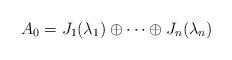
LaTeX: \begin{gather*}A_0=J_1(\lambda_1) \oplus \cdots \oplus J_n(\lambda_n)\end{gather*}